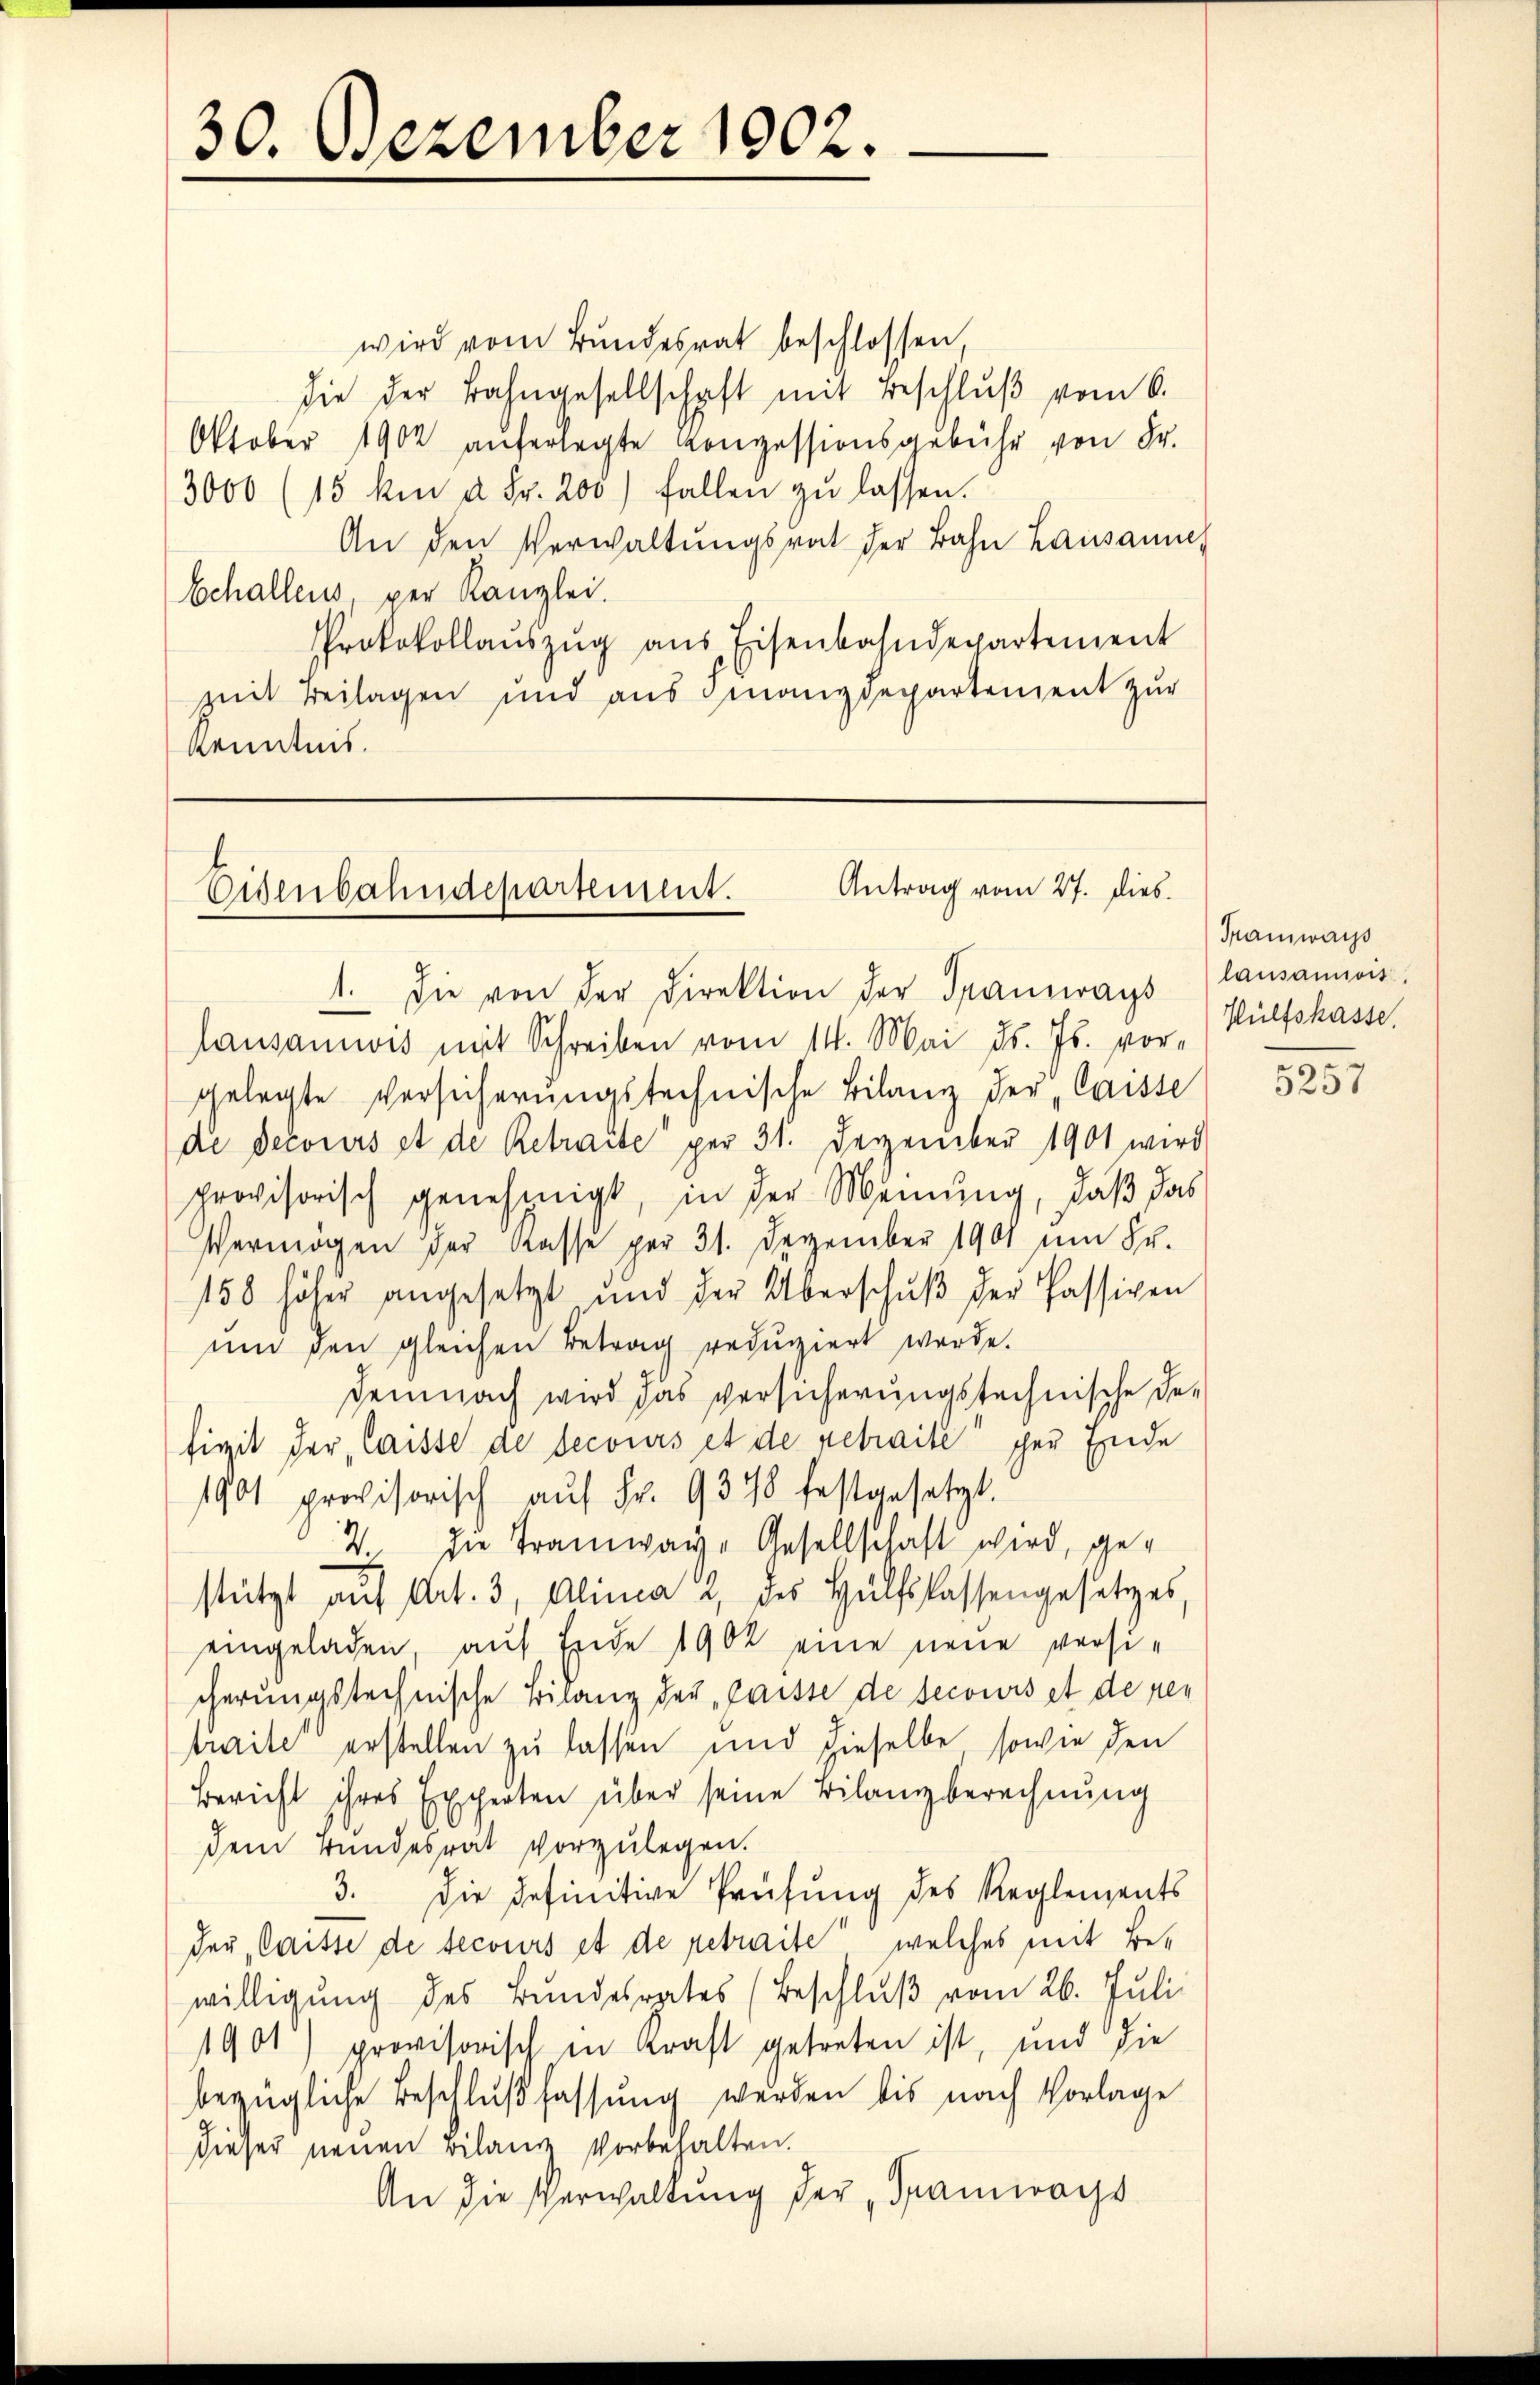
wird vom Bundesrat beschlossen
die der Bahngesellschaft mit Beschluß vom 6.
Oktober 1902 auferlegte Konzessionsgebühr von Fr.
3000 (15 kin à Fr. 200) fallen zŭ lassen.
An den Verwaltŭngsrat der Bahn Lausanne
Echallens, per Kanzlei.
Protokollaŭszŭg aŭs Eisenbahndepartement
zeit Beilagen und aus Finanzdepartement zur
Kenntnis.

30. Dezember 1002.

Antrag vom 27. dies
Eisenbahndepartement.

1. Die von der Direktion der Tramways (laŭsamicis.
lausamwis mit Schreiben vom 14. Mai d. Js. vorgelegte Versicherungstechnische Bilanz der „Caisse
die Decours et de Retraite per 31. Dezember 1901 wird
provisorisch genehmigt, in der Meinung, daß das
Vermögen der Kasse per 31. Dezember 1901 um Sr.
158 höher angesetzt und der Überschŭβ der Passiven
um den gleichen Betrag reduziert werde.
Demnach wird das versicherungstechnische De-
figit der laisse de secours et de retraité per Ende
1901 provisorisch aŭf Fr. 937 festgesetzt.
2. In Tramway- Gesellschaft wird, gestützt aŭf Art. 3, Alinea u. des Hülfsfassengesetzes
eingeladen, auf Ende 1902 eine neue versicherungstechnische Bilanz der paisse de secours et de pen
traite erstellen zu lassen und hieselbe sowie den
Bericht ihres Experten über seine Bilanzberechnung
dem Bundesrat vorzulegen.
3. Die definitive Prüfung des Reglenzents
deu, laisse de tecours et de retraite, welches mit Bewilligung des Bundesrates (Beschlŭβ vom 26. Juli.
1901) provisorisch in Kraft getreten ist, und die
bezügliche Beschlußfassung werden bis nach Vorlage
dieser neuen Bilanz vorbehalten.
An die Verwaltung der „Tramwachs

Tramwachs
Hülfskasse

5257